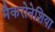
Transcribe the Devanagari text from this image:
मैकरोनेशिया